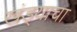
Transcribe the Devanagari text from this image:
खंड्याचा